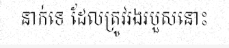
នាក់ទេ ដែលត្រូវរងរបួសនោះ